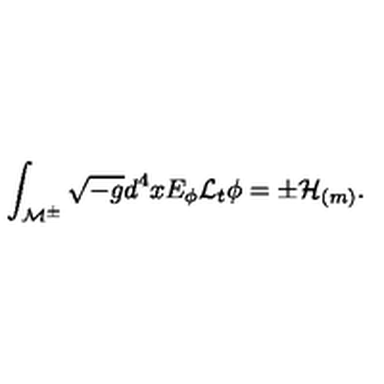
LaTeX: \int _ { { \cal M } ^ { \pm } } \sqrt { - g } d ^ { 4 } x E _ { \phi } { \cal L } _ { t } \phi = \pm { \cal H } _ { ( m ) } .